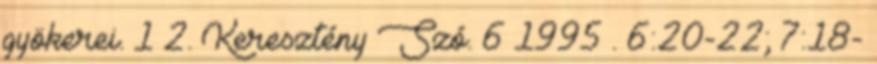
gyökerei. 1–2. Keresztény Szó. 6 1995 . 6:20-22; 7:18-